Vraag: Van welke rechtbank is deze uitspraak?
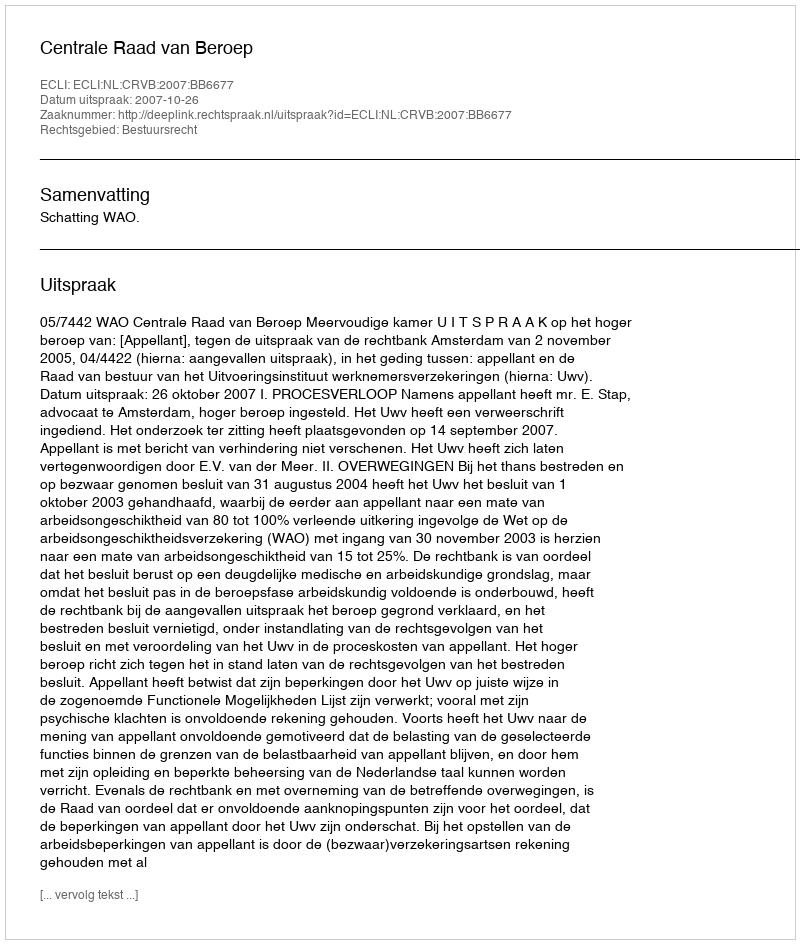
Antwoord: Centrale Raad van Beroep